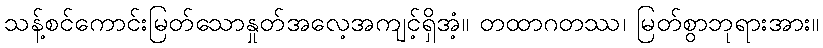
သန့်စင်ကောင်းမြတ်သောနှုတ်အလေ့အကျင့်ရှိအံ့။ တထာဂတဿ၊ မြတ်စွာဘုရားအား။